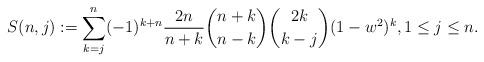
LaTeX: \begin{align*}S(n,j) := \sum_{k = j}^n (-1)^{k+n} \frac{2n}{n+k}\binom{n+k}{n-k} \binom{2k}{k-j} (1-w^2)^k, 1 \leq j \leq n.\end{align*}